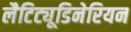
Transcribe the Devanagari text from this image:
लैटिट्यूडिनेरियन